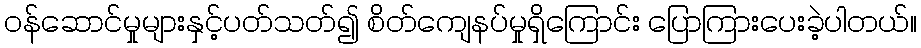
ဝန်ဆောင်မှုများနှင့်ပတ်သတ်၍ စိတ်ကျေနပ်မှုရှိကြောင်း ပြောကြားပေးခဲ့ပါတယ်။